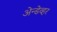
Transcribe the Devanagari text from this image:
अेन्डेव्हर